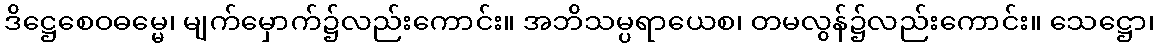
ဒိဋ္ဌေစေဝဓမ္မေ၊ မျက်မှောက်၌လည်းကောင်း။ အဘိသမ္ပရာယေစ၊ တမလွန်၌လည်းကောင်း။ သေဋ္ဌော၊